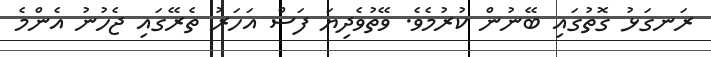
ރަނގަޅު ގޮތުގައި ބޭނުން ކުރުމެވެ. ވޭތުވެދިޔަ ފަސް އަހަރު ތެރޭގައި ޖެހުނު އެންމެ